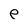
Character: e